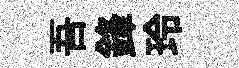
吾鋒玲